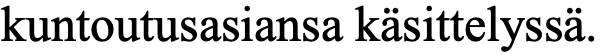
kuntoutusasiansa käsittelyssä.